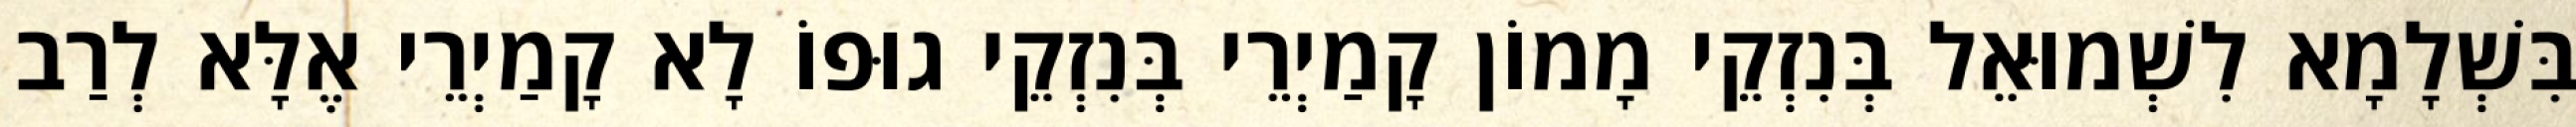
בִּשְׁלָמָא לִשְׁמוּאֵל בְּנִזְקֵי מָמוֹן קָמַיְרֵי בְּנִזְקֵי גוּפוֹ לָא קָמַיְרֵי אֶלָּא לְרַב